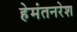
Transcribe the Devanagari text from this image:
हेमंतनरेश